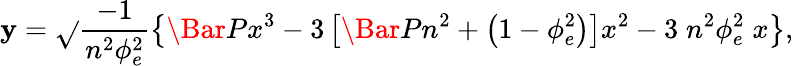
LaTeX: \mathbf{y}=\sqrt{}{{\frac{{-1}}{{n^{2}\phi_{e}^{2}}}\left\{ \Bar{P}x^{3}-3\left[\Bar{P}n^{2}+\left(1-\phi_{e}^{2}\right)\right]x^{2}-3\; n^{2}\phi_{e}^{2}\; x\right\} }},